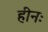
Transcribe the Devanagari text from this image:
हीनः